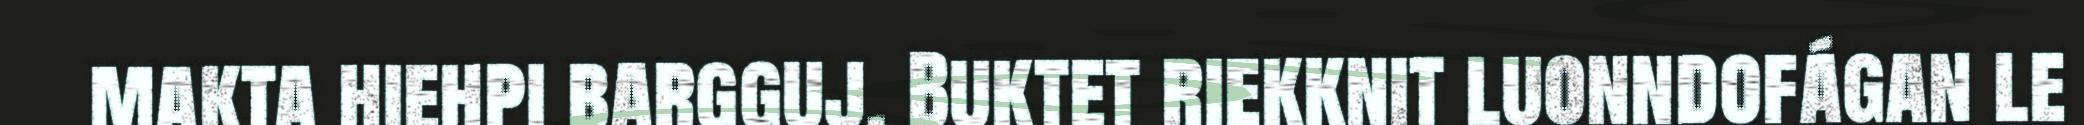
makta hiehpi bargguj. Buktet riekknit luonndofágan le